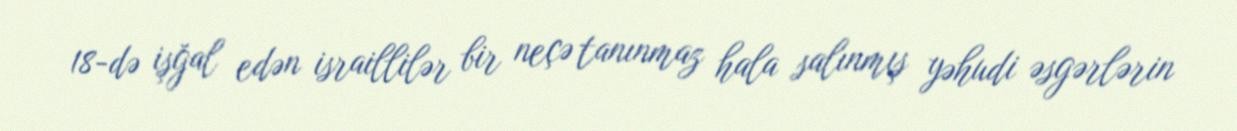
18-də işğal edən israillilər bir neçə tanınmaz hala salınmış yəhudi əsgərlərin